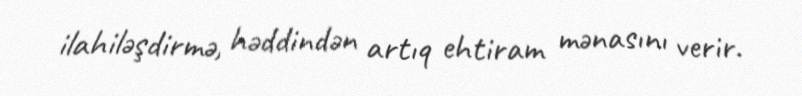
ilahiləşdirmə, həddindən artıq ehtiram mənasını verir.